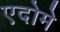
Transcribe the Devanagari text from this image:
एदोमे